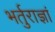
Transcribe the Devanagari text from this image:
भर्तुराज्ञां